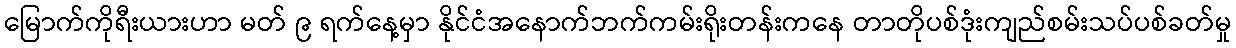
မြောက်ကိုရီးယားဟာ မတ် ၉ ရက်နေ့မှာ နိုင်ငံအနောက်ဘက်ကမ်းရိုးတန်းကနေ တာတိုပစ်ဒုံးကျည်စမ်းသပ်ပစ်ခတ်မှု